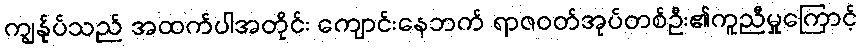
ကျွန်ုပ်သည် အထက်ပါအတိုင်း ကျောင်းနေဘက် ရာဇဝတ်အုပ်တစ်ဦး၏ကူညီမှုကြောင့်